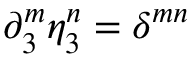
\partial _ { 3 } ^ { m } \eta _ { 3 } ^ { n } = \delta ^ { m n }